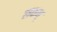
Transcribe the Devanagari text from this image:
लक्षम्